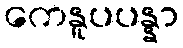
ကေနူပပန္နာ